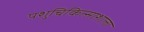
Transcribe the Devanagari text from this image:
पशुचिकित्साशाला